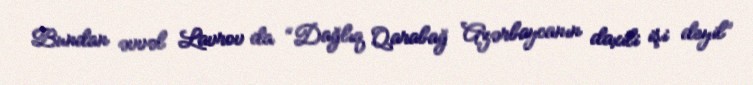
Bundan əvvəl Lavrov da “Dağlıq Qarabağ Azərbaycanın daxili işi deyil”